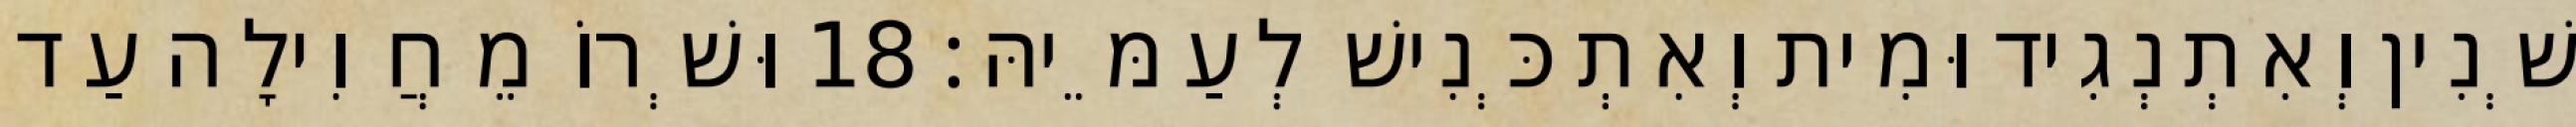
שְׁנִין וְאִתְנְגִיד וּמִית וְאִתְכְּנִישׁ לְעַמֵּיהּ׃ 18 וּשְׁרוֹ מֵחֲוִילָה עַד